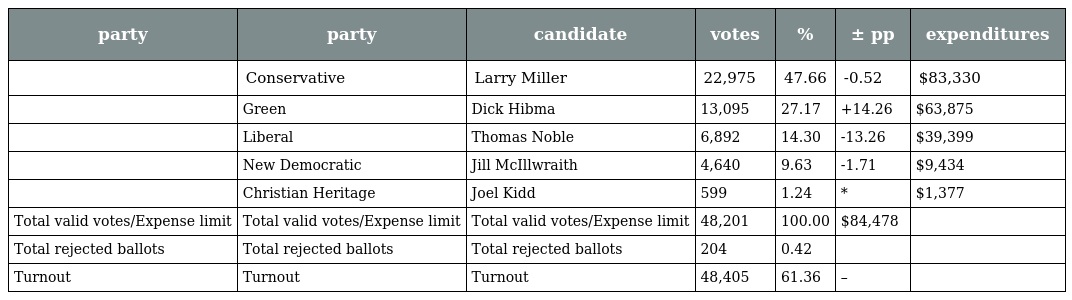
| party | party | candidate | votes | % | ± pp | expenditures |
 | --- | --- | --- | --- | --- | --- | --- |
 |  | Conservative | Larry Miller | 22,975 | 47.66 | -0.52 | $83,330 |
 |  | Green | Dick Hibma | 13,095 | 27.17 | +14.26 | $63,875 |
 |  | Liberal | Thomas Noble | 6,892 | 14.30 | -13.26 | $39,399 |
 |  | New Democratic | Jill McIllwraith | 4,640 | 9.63 | -1.71 | $9,434 |
 |  | Christian Heritage | Joel Kidd | 599 | 1.24 | * | $1,377 |
 | Total valid votes/Expense limit | Total valid votes/Expense limit | Total valid votes/Expense limit | 48,201 | 100.00 | $84,478 |  |
 | Total rejected ballots | Total rejected ballots | Total rejected ballots | 204 | 0.42 |  |  |
 | Turnout | Turnout | Turnout | 48,405 | 61.36 | – |  |